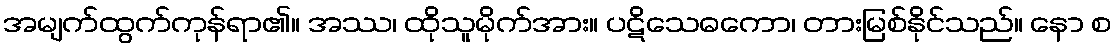
အမျက်ထွက်ကုန်ရာ၏။ အဿ၊ ထိုသူမိုက်အား။ ပဋိသေဓကော၊ တားမြစ်နိုင်သည်။ နော စ